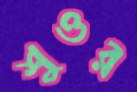
শুওর